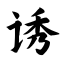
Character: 诱